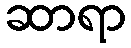
ဆာရာ